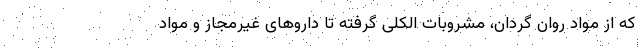
که از مواد روان گردان، مشروبات الکلی گرفته تا داروهای غیرمجاز و مواد